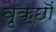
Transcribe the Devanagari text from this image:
वृक्छॊं